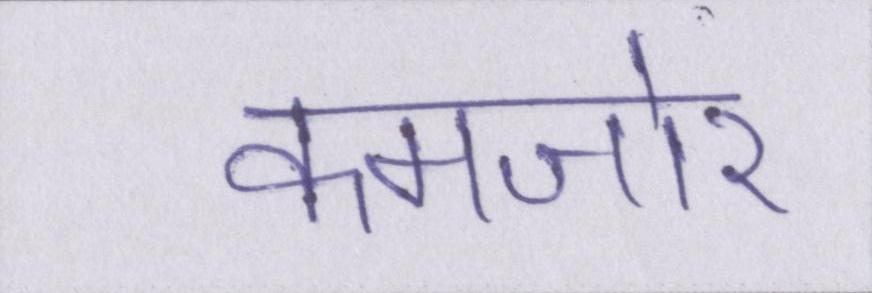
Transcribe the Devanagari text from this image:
कमजोर